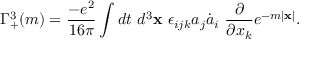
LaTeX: \Gamma _ { + } ^ { 3 } ( m ) = \frac { - e ^ { 2 } } { 1 6 \pi } \int d t ~ d ^ { 3 } { \bf x } ~ \epsilon _ { i j k } a _ { j } \dot { a } _ { i } ~ \frac { \partial } { \partial x _ { k } } e ^ { - m | { \bf x } | } .